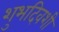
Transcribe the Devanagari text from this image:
शुभदिवशी